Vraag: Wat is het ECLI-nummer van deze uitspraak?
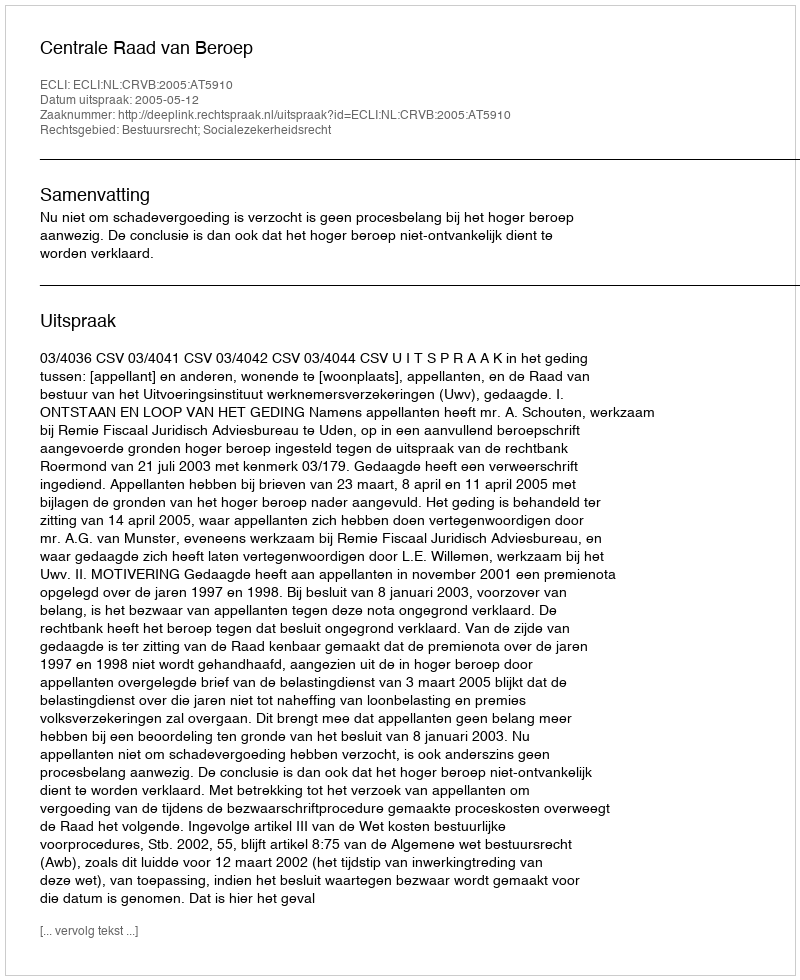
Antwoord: ECLI:NL:CRVB:2005:AT5910